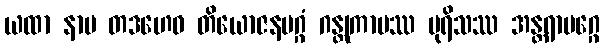
ယထာ နာမ တဒဟေဝ တိယောဇနမဂ္ဂံ ဂန္တုကာမဿ ပုရိသဿ အန္တရာမဂ္ဂေ